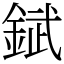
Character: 錻